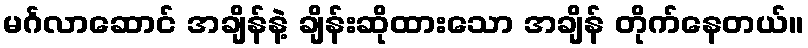
မင်္ဂလာဆောင် အချိန်နဲ့ ချိန်းဆိုထားသော အချိန် တိုက်နေတယ်။